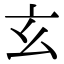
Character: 玄